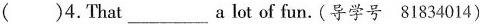
( )4.That_a lot of fun.(导学号 81834014)